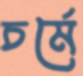
চর্মে